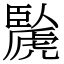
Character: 䖙